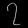
Digit: ၇